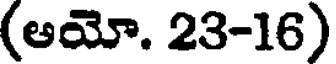
(అయో. 23-16)